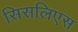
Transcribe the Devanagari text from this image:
सिसलिएस